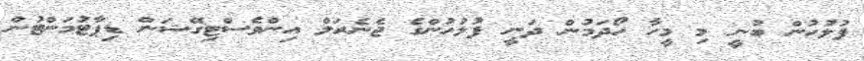
ފުލުހުން ބުނީ މި މީހާ ހޯދަމުން ދަނީ ފުލުހުންގެ ޖެނެރަލް އިންވެސްޓިގޭޝަން ޑިޕާޓުމަންޓުން